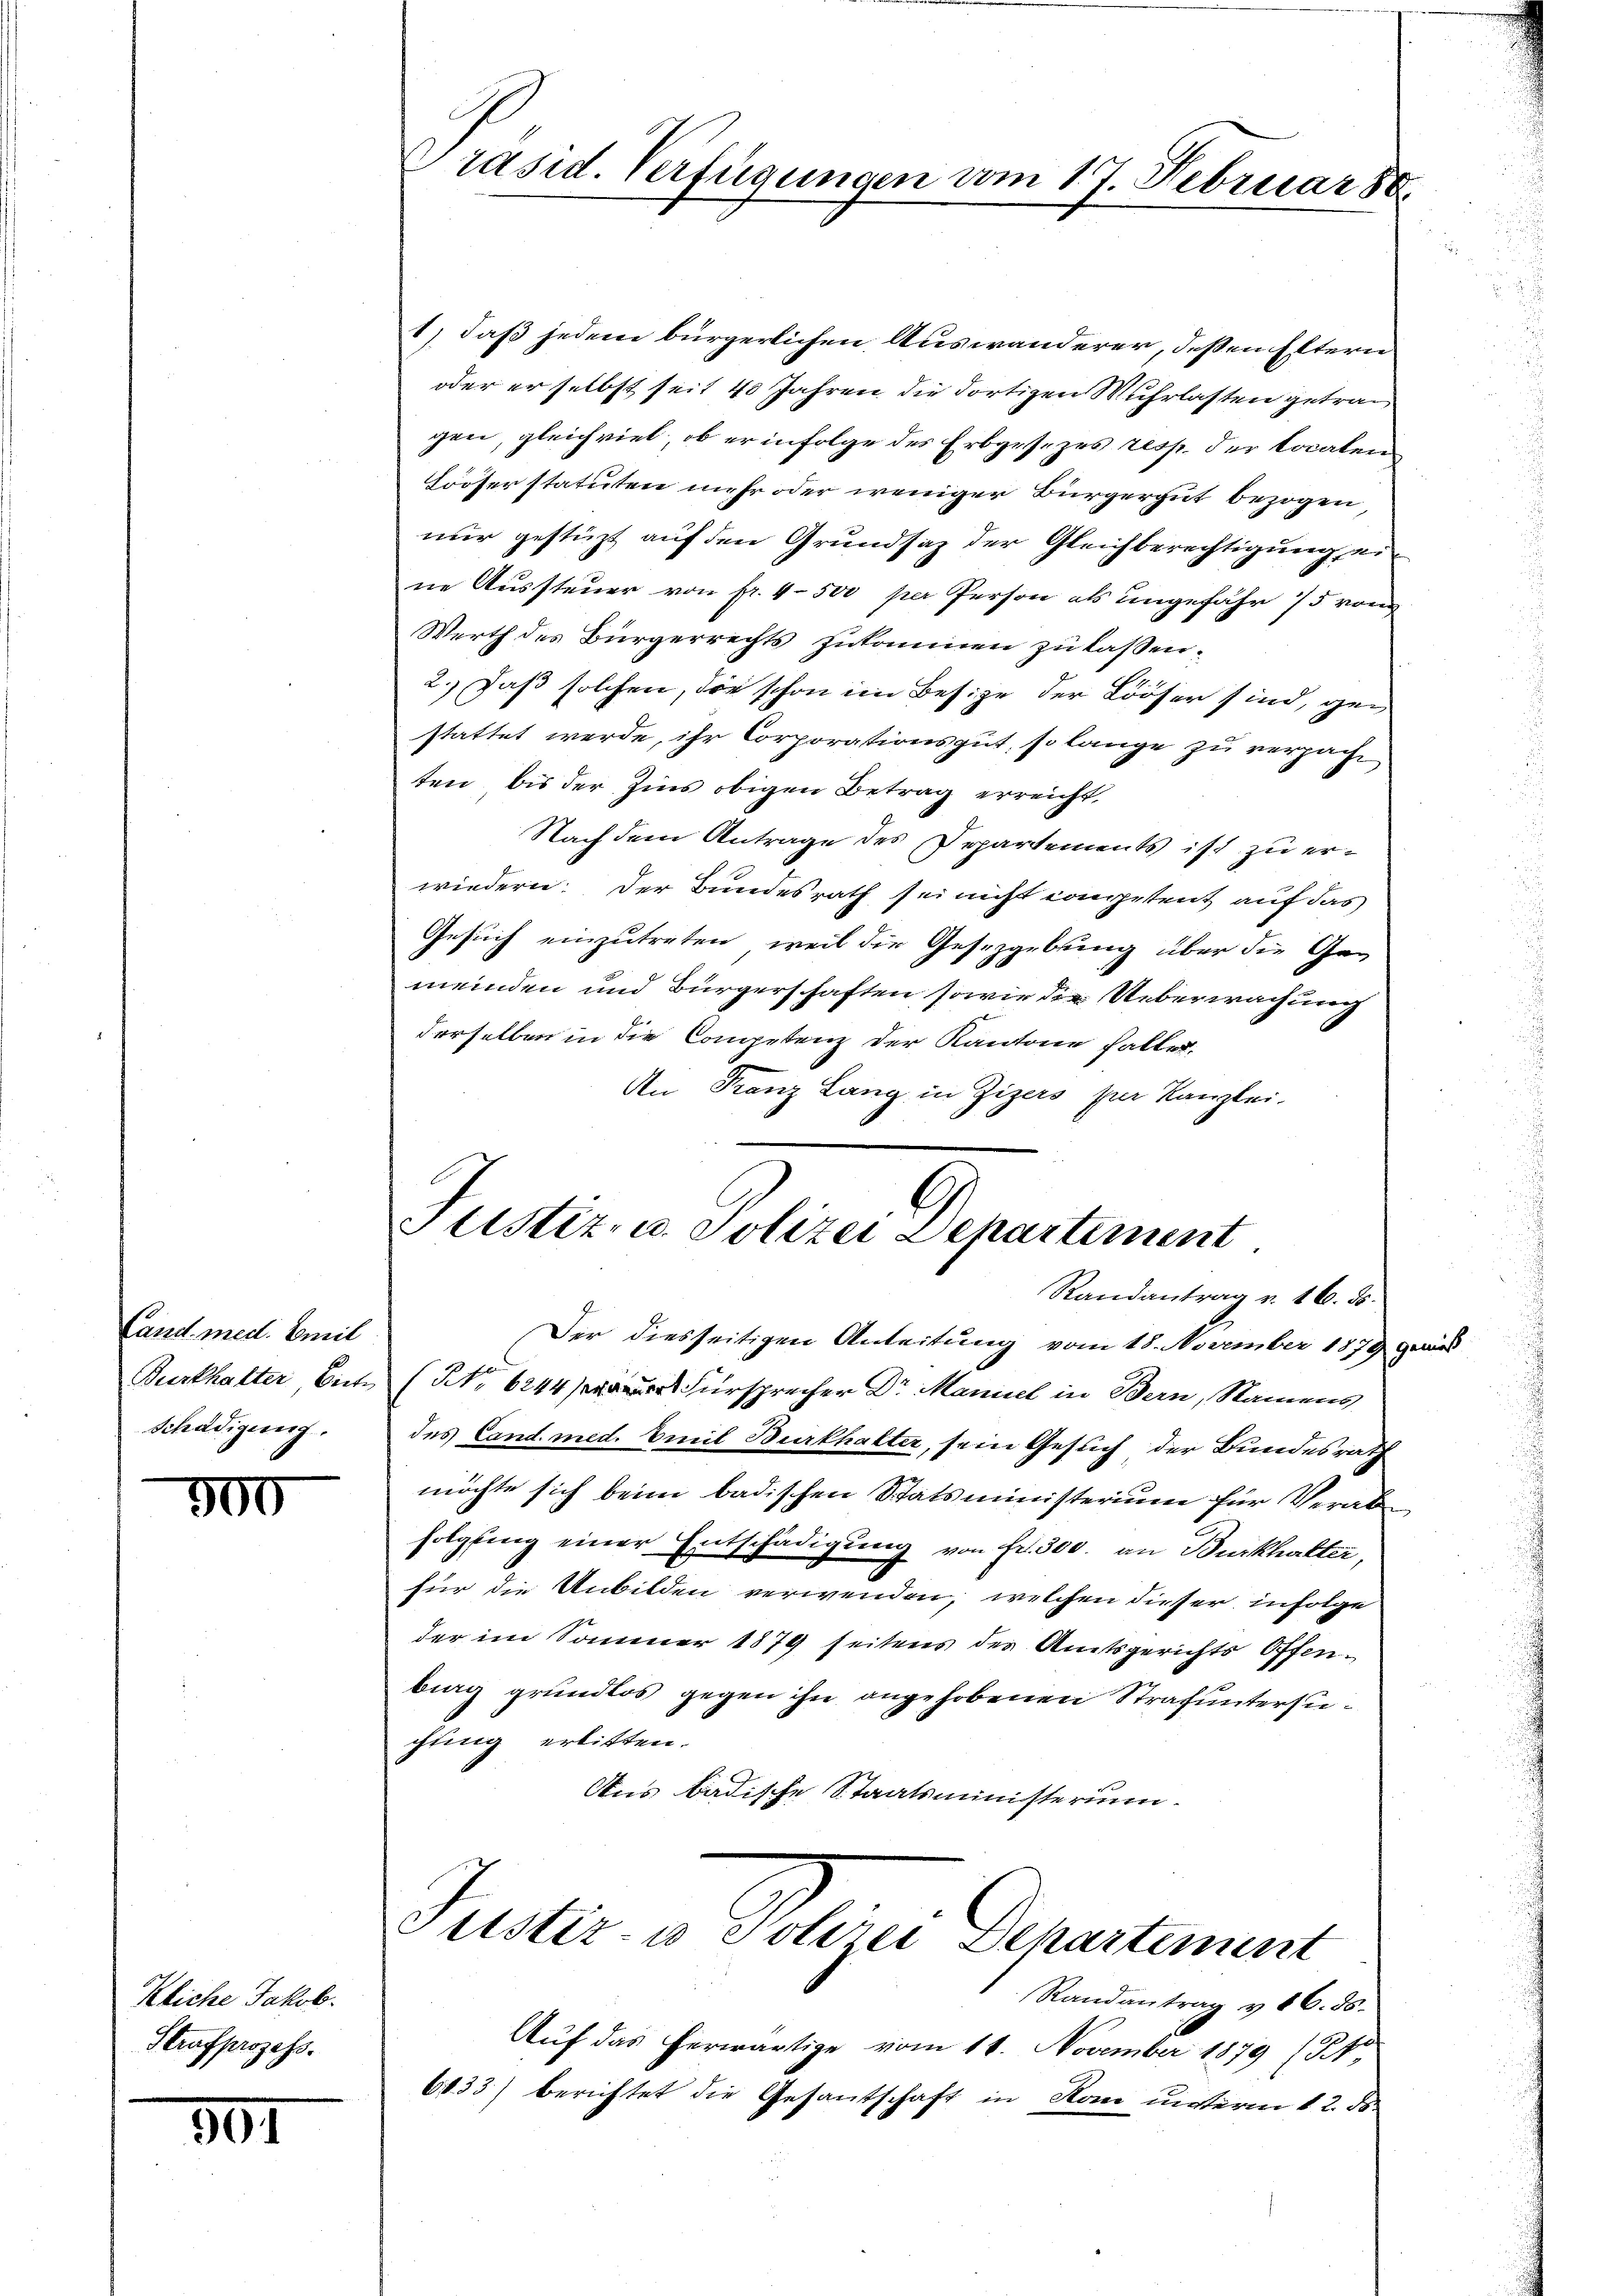
Cand. med. Emil
Burkhalter Biete
Schädigung.

300

Kliche Jakob.
Strafprozess.

307

Präsid. Verfügungen vom 17. Februar 80.

1) daß jedem bürgerlichen Auswanderer, deßen Eltern
oder er selbst seit 40 Jahren die dortigen Muhrlasten getrau
gen, gleichviel, ob er infolge des Erbgesezes resp. der Localen
ööser statuten mehr oder weniger Bürgergut bezogen
nur gestüzt auf den Grundsaz der Gleichberechtigung, ein
ne Aussteuer von fr. 4 500 per Person als ungefähr 15 von
Werth des Bürgerrechts zukommen zu lassen.
2.) Daß solchen, die schon im Besize der Lööser sind, gen
stattet werde, ihr Corporationsgut, so lange zu verpacht
ten, bis der Zins obigen Betrag erreicht,
Nach dem Antrage des Departements ist zu erwiedern: Der Bundesrath sei nicht competent auf das
Gesuch einzutreten, weil die Gesetzgebung über die Ge-
meinden und Bürgerschaften sowie die Ueberwachung
derselben in die Competenz der Kantone fallen,
An Franz Lang in Zizers per Kanzlei.
Justiz- u. Polizei Departement
Randantrag v. 16. ds.
Der diesseitigen Anleitung vom 18. November 1879 gewies
(No 6244 Fürsprecher Dr Maniel in Bern, Namens
des Cand. med. Emil Burkhalter, sein Gesuch der Bundesrath
möchte sich beim badischen Statsministerium für Verabfolgling einer Entschädigung von Fr. 300. an Burkhalter,
für die Unbilden verwenden, welchen dieser infolge
der im Sommer 1879 seitens der Amtsgerichts Offenbig grundlos gegen ihn angehobenen Strafuntersuchung erlitten.
Aus badische Staatsministerium.

Justiz- u Polizei Departement

Randantrag v. 16. ds.
Auf das herwärtige vom 11. November 1879 (Sto
6833) berichtet die Gesandtschaft in Rom unterm 12. ds.